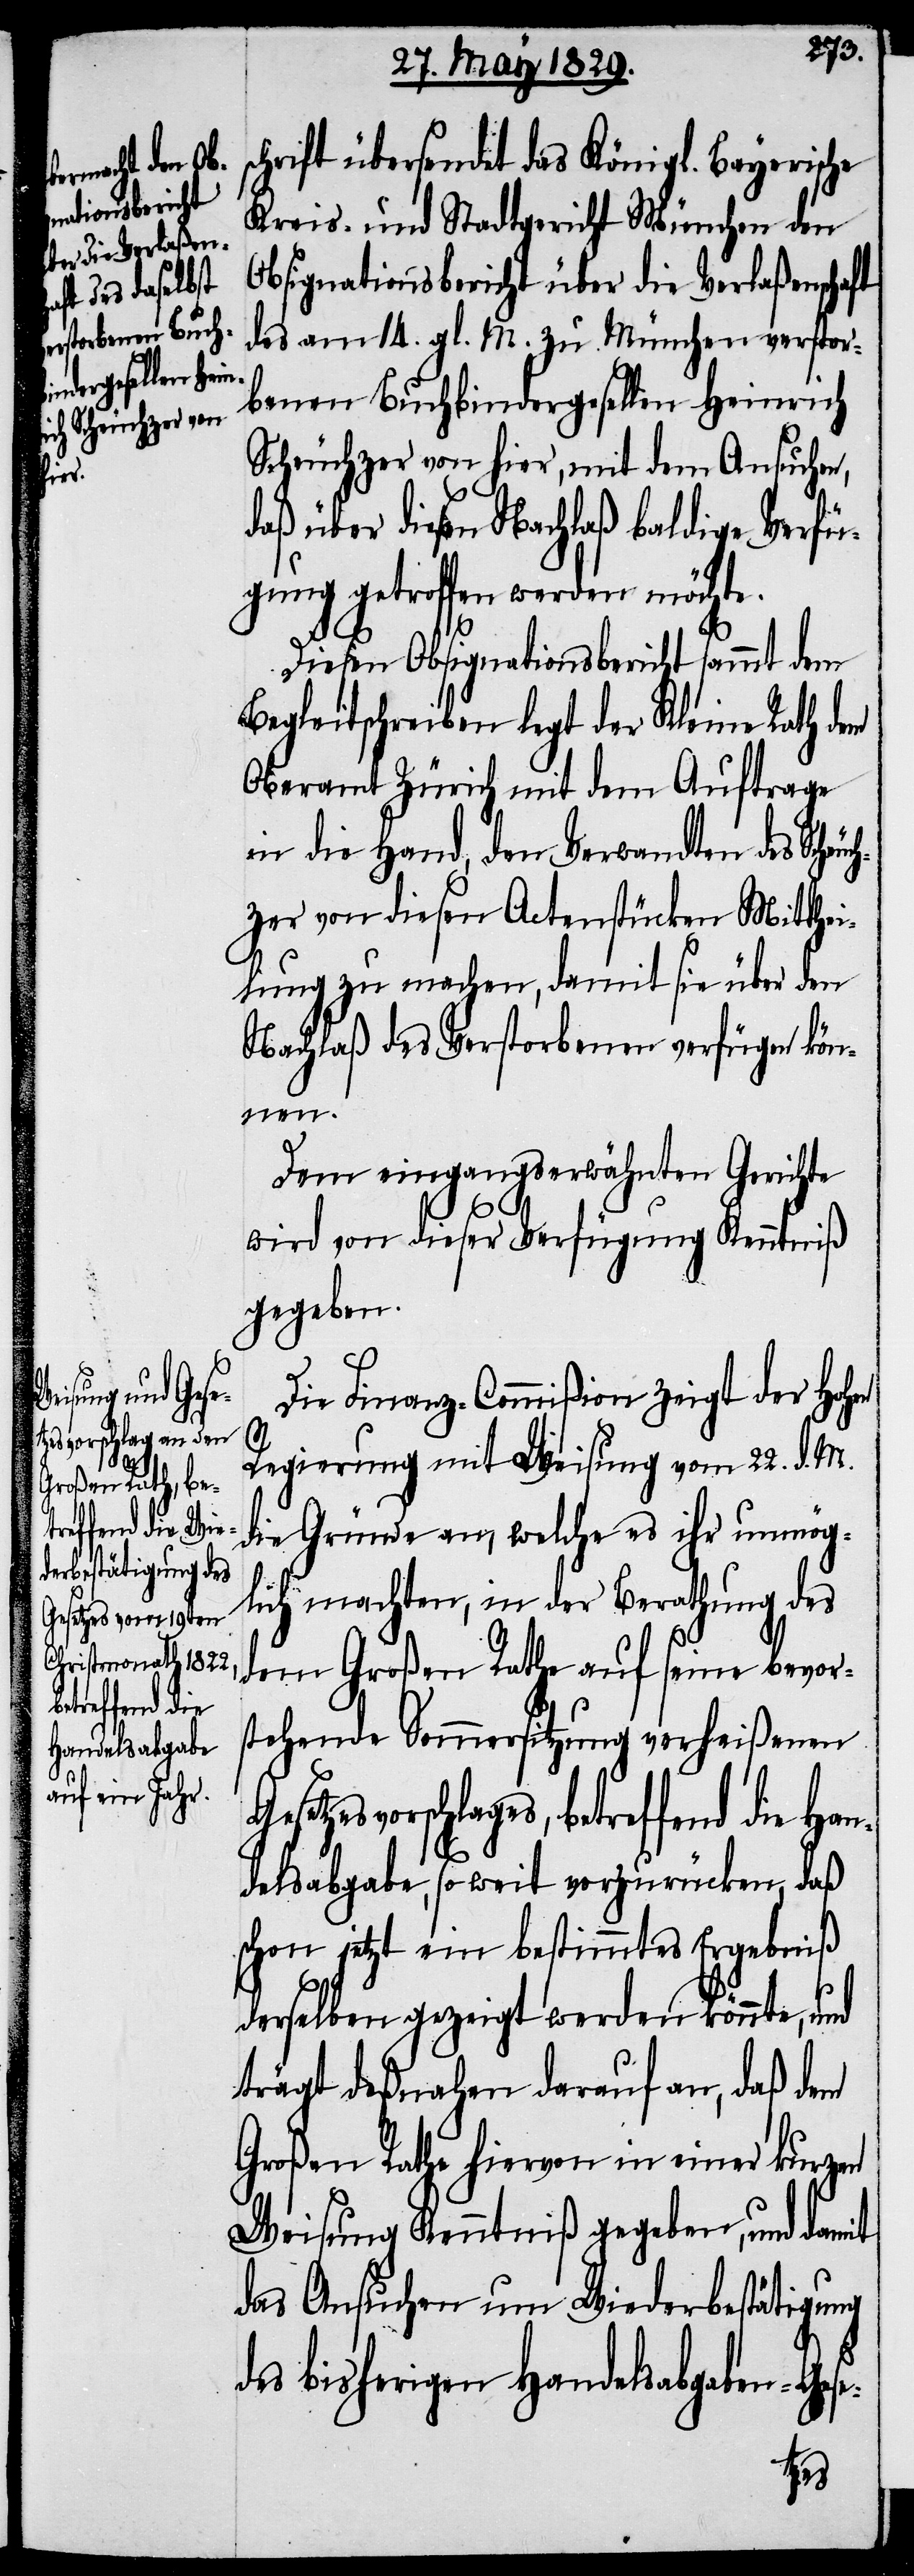
schrift übersendet das Königl. Bayerische
Kreis- und Stadtgericht München den
Obsignationsbericht über die Verlaßenschaft
des am 14. gl. M. zu München verstor¬
benen Buchbindergesellen Heinrich
Scheuchzer von hier, mit dem Ansuchen,
daß über diesen Nachlaß baldige Verfü¬
gung getroffen werden möchte.
Diesen Obsignationsbericht sammt dem
Begleitschreiben legt der Kleine Rath dem
Oberamt Zürich mit dem Auftrage
in die Hand, den Verwandten des Scheu¬
chzer von diesen Actenstücken Mitthei¬
lung zu machen, damit sie über den
Nachlaß des Verstorbenen verfügen kön¬
nen.
Dem eingangs erwähnten Gerichte
wird von dieser Verfügung Kenntniß
gegeben.
Die Finanz-Commißion zeigt der Hohen
Regierung mit Weisung vom 22. d. M.
die Gründe an, welche es ihr unmög¬
lich machten, in der Berathung des
dem Großen Rathe auf seine bevor¬
stehende Sommersitzung verheißenen
etzesvorschlages, betreffend die Ha¬
ndelsabgabe, so weit vorzurücken, daß
schon jetzt ein bestimmtes Ergebniß
derselben gezeigt werden könnte, und
trägt deßnahen darauf an, daß dem
Großen Rathe hiervon in einer kurzen
Weisung Kenntniß gegeben, und damit
das Ansuchen um Wiederbestätigung
des bisherigen Handelsabgaben-Ge¬
se-